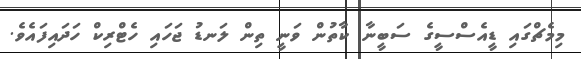
މިމެޗްގައި ޑީއެސްސީގެ ސަބީނާ ކާތުން ވަނީ ތިން ލަނޑު ޖަހައި ހެޓްރިކް ހަދައިފައެވެ.